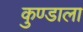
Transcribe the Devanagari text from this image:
कुण्डाला